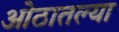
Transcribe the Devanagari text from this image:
ओठातल्या